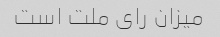
میزان رای ملت است